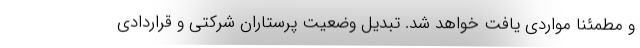
و مطمئناً مواردی یافت خواهد شد. تبدیل وضعیت پرستاران شرکتی و قراردادی